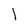
Character: 1